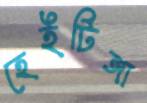
হেইটিঙ্গা